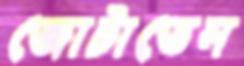
জোটাতেন